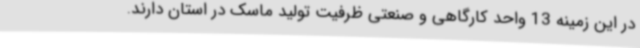
در این زمینه 13 واحد کارگاهی و صنعتی ظرفیت تولید ماسک در استان دارند.